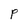
Character: P